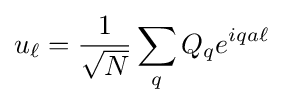
u_{\ell }={\frac {1}{\sqrt {N}}}\sum _{q}Q_{q}e^{iqa\ell }